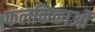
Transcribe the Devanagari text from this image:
फलकिकाओं